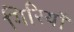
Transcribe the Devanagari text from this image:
गिरियाँ